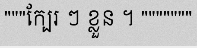
"""ក្បែរ ៗ ខ្លួន ។ """""""